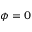
\phi = 0